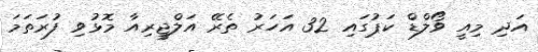
އަދި މިއީ ވޯލްޑް ކަޕުގައި 32 އަހަރު ތެރޭ އަލްޖީރިއާ މޮޅުވި ފުރަތަމަ